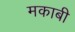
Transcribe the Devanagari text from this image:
मकाबी